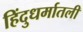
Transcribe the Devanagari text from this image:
हिंदुधर्मातली